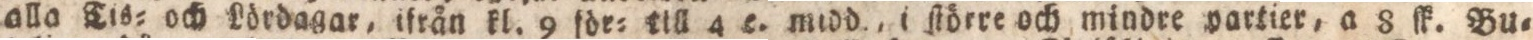
alla Tis= och Lördagar, ifrån kl. 9 för= till 4 c. midd., i ſtörre och mindre partier, a 8 ſk. Bu=